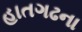
હાતગઢના